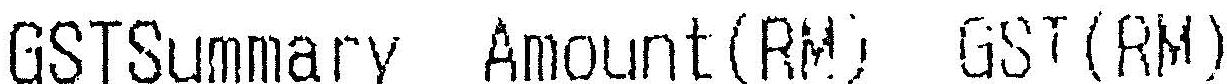
GSTSUMMARY AMOUNT(RM) GST(RM)